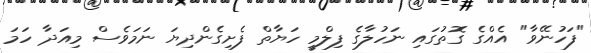
"ފަހުނޭވާ" އެއްގެ ގޮތުގައި ނަހުލާގެ ފިލްމީ ހަޔާތް ފެށިގެންދިޔަ ނަމަވެސް މިއަދާ ހަމަ